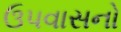
ઉપવાસનો